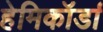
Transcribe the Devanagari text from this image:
हेमिकॉर्डा